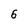
Character: 6